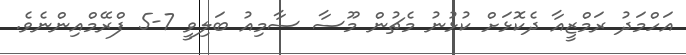
އަހްމަދު ރަމްޒީއާ ދެކޮޅަށް ކުޅުނު މެޗުން މޫސާ ސާމިއު ބަލިވީ 7-5 ފްރޭމްއިންނެވެ.